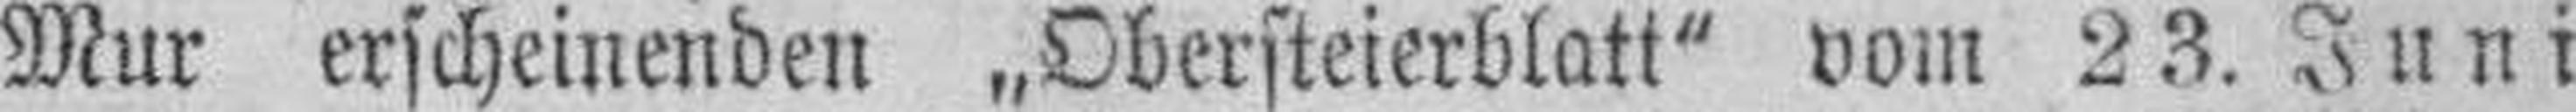
Mur erscheinenden „Obersteierblatt" vom 23. Juni